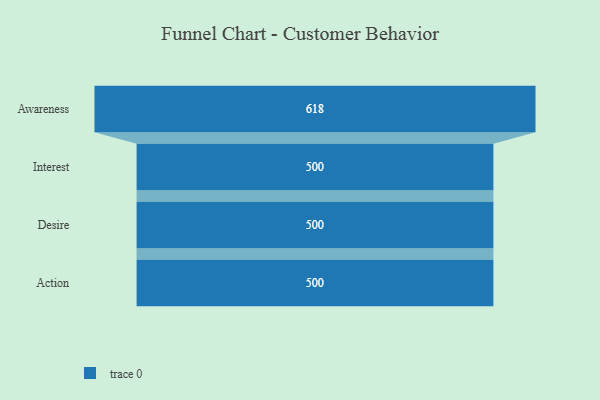
{"axis": {"x": "Stage", "y": "Value"}, "legend": [""], "data": [{"x": "Awareness", "y": 618.0, "type": ""}, {"x": "Interest", "y": 500, "type": ""}, {"x": "Desire", "y": 500, "type": ""}, {"x": "Action", "y": 500, "type": ""}]}